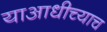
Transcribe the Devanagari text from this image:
याआधीच्याच